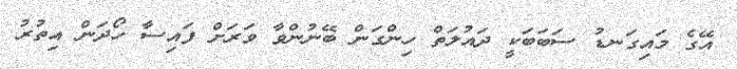
އޭގެ މައިގަނޑު ސަބަބަކީ ދައުލަތް ހިންގަން ބޭނުންވާ ވަރަށް ފައިސާ ހޯދަން އިތުރު